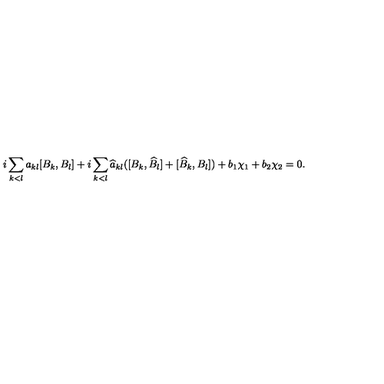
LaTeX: i \sum _ { k < l } a _ { k l } [ B _ { k } , B _ { l } ] + i \sum _ { k < l } \widehat { a } _ { k l } ( [ B _ { k } , \widehat { B } _ { l } ] + [ \widehat { B } _ { k } , B _ { l } ] ) + b _ { 1 } \chi _ { 1 } + b _ { 2 } \chi _ { 2 } = 0 .